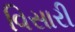
વિસારી